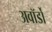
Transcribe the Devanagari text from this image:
अवॉर्डों